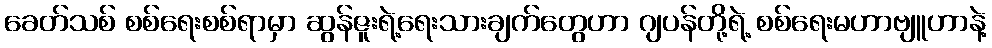
ခေတ်သစ် စစ်ရေးစစ်ရာမှာ ဆွန်ဇူးရဲ့ရေးသားချက်တွေဟာ ဂျပန်တို့ရဲ့ စစ်ရေးမဟာဗျူဟာနဲ့